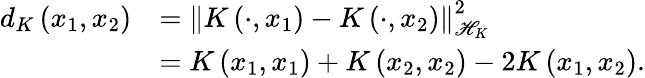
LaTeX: \begin{array}{rl}{d_{K}\left(x_{1},x_{2}\right)}&{=\left\Vert K\left(\cdot,x_{1}\right)-K\left(\cdot,x_{2}\right)\right\Vert_{\mathscr{H}_{K}}^{2}}\\ &{=K\left(x_{1},x_{1}\right)+K\left(x_{2},x_{2}\right)-2K\left(x_{1},x_{2}\right).}\end{array}